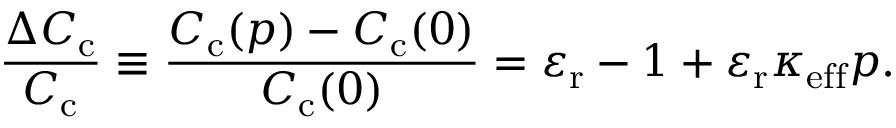
\frac { \Delta C _ { \mathrm { c } } } { C _ { \mathrm { c } } } \equiv \frac { C _ { \mathrm { c } } ( p ) - C _ { \mathrm { c } } ( 0 ) } { C _ { \mathrm { c } } ( 0 ) } = \varepsilon _ { \mathrm { r } } - 1 + \varepsilon _ { \mathrm { r } } \kappa _ { \mathrm { e f f } } p .